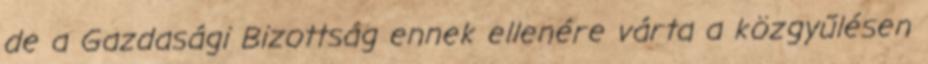
de a Gazdasági Bizottság ennek ellenére várta a közgyűlésen